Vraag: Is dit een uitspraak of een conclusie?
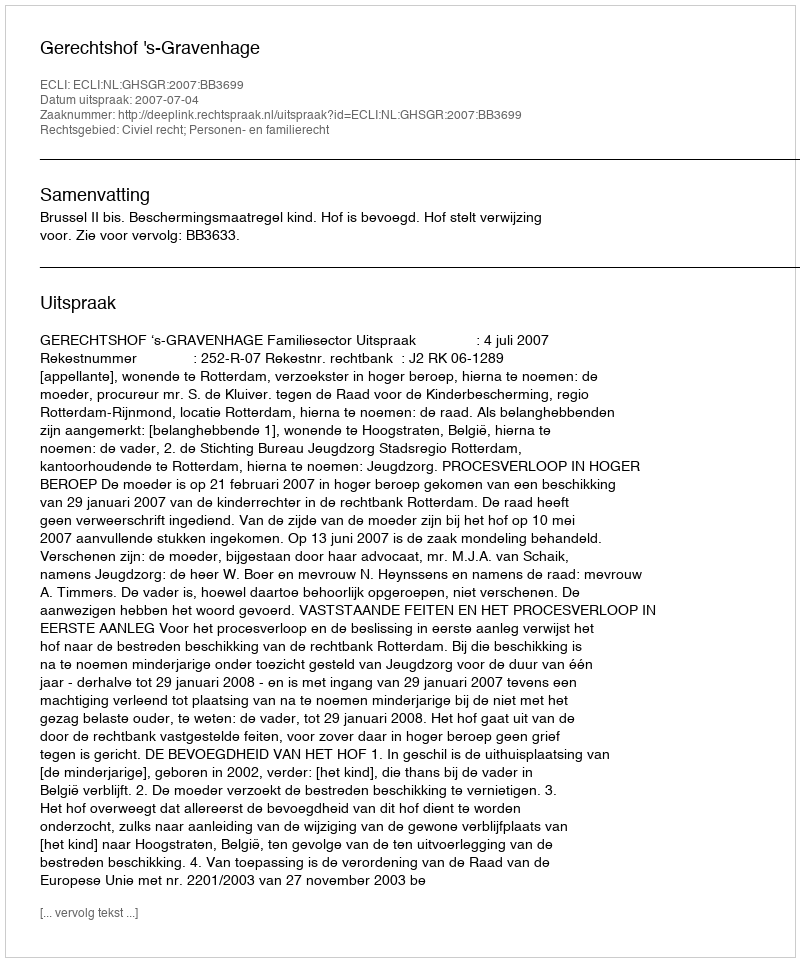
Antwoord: Uitspraak